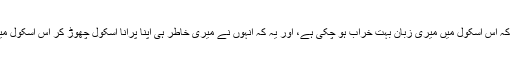
میں نے انہیں منا نے کی بہت کوشش کی، لیکن ان کا کہنا یہ ہی تھا کہ اس اسکول میں میری زبان بہت خراب ہو چکی ہے، اور یہ کہ انہوں نے میری خاطر ہی اپنا پرانا اسکول چھوڑ کر اس اسکول میں جاب کی ہے تاکہ وہ مجھے ایک بہتر ماحول میں تعلیم دلوا سکیں۔